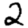
Digit: 2